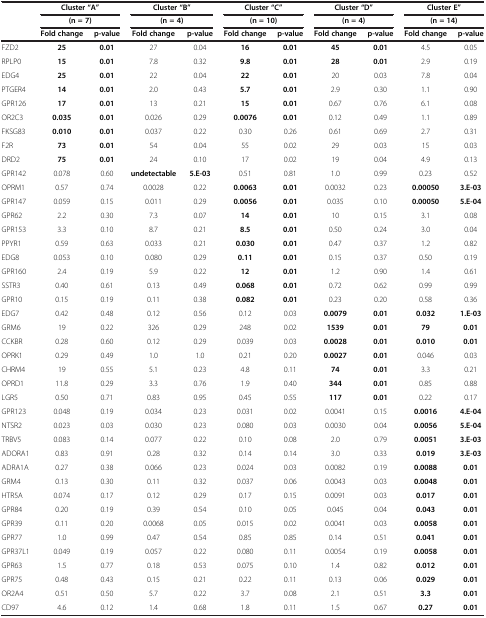
<table><thead><tr><td><b> </b></td><td colspan="2"><b>Cluster “A”</b></td><td colspan="2"><b>Cluster “B”</b></td><td colspan="2"><b>Cluster “C”</b></td><td colspan="2"><b>Cluster “D”</b></td><td colspan="2"><b>Cluster E”</b></td></tr><tr><td><b> </b></td><td colspan="2"><b>(n = 7)</b></td><td colspan="2"><b>(n = 4)</b></td><td colspan="2"><b>(n = 10)</b></td><td colspan="2"><b>(n = 4)</b></td><td colspan="2"><b>(n = 14)</b></td></tr><tr><td><b> </b></td><td><b>Fold change</b></td><td><b>p-value</b></td><td><b>Fold change</b></td><td><b>p-value</b></td><td><b>Fold change</b></td><td><b>p-value</b></td><td><b>Fold change</b></td><td><b>p-value</b></td><td><b>Fold change</b></td><td><b>p-value</b></td></tr></thead><tbody><tr><td>FZD2</td><td><b>25</b></td><td><b>0.01</b></td><td>27</td><td>0.04</td><td><b>16</b></td><td><b>0.01</b></td><td><b>45</b></td><td><b>0.01</b></td><td>4.5</td><td>0.05</td></tr><tr><td>RPLP0</td><td><b>15</b></td><td><b>0.01</b></td><td>7.8</td><td>0.32</td><td><b>9.8</b></td><td><b>0.01</b></td><td><b>28</b></td><td><b>0.01</b></td><td>2.9</td><td>0.19</td></tr><tr><td>EDG4</td><td><b>25</b></td><td><b>0.01</b></td><td>22</td><td>0.04</td><td><b>22</b></td><td><b>0.01</b></td><td>20</td><td>0.03</td><td>7.8</td><td>0.04</td></tr><tr><td>PTGER4</td><td><b>14</b></td><td><b>0.01</b></td><td>2.0</td><td>0.43</td><td><b>5.7</b></td><td><b>0.01</b></td><td>2.9</td><td>0.30</td><td>1.1</td><td>0.90</td></tr><tr><td>GPR126</td><td><b>17</b></td><td><b>0.01</b></td><td>13</td><td>0.21</td><td><b>15</b></td><td><b>0.01</b></td><td>0.67</td><td>0.76</td><td>6.1</td><td>0.08</td></tr><tr><td>OR2C3</td><td><b>0.035</b></td><td><b>0.01</b></td><td>0.026</td><td>0.29</td><td><b>0.0076</b></td><td><b>0.01</b></td><td>0.12</td><td>0.49</td><td>1.1</td><td>0.89</td></tr><tr><td>FKSG83</td><td><b>0.010</b></td><td><b>0.01</b></td><td>0.037</td><td>0.22</td><td>0.30</td><td>0.26</td><td>0.61</td><td>0.69</td><td>2.7</td><td>0.31</td></tr><tr><td>F2R</td><td><b>73</b></td><td><b>0.01</b></td><td>54</td><td>0.04</td><td>55</td><td>0.02</td><td>29</td><td>0.03</td><td>15</td><td>0.03</td></tr><tr><td>DRD2</td><td><b>75</b></td><td><b>0.01</b></td><td>24</td><td>0.10</td><td>17</td><td>0.02</td><td>19</td><td>0.04</td><td>4.9</td><td>0.13</td></tr><tr><td>GPR142</td><td>0.078</td><td>0.60</td><td><b>undetectable</b></td><td><b>5.E-03</b></td><td>0.51</td><td>0.81</td><td>1.0</td><td>0.99</td><td>0.23</td><td>0.52</td></tr><tr><td>OPRM1</td><td>0.57</td><td>0.74</td><td>0.0028</td><td>0.22</td><td><b>0.0063</b></td><td><b>0.01</b></td><td>0.0032</td><td>0.23</td><td><b>0.00050</b></td><td><b>3.E-03</b></td></tr><tr><td>GPR147</td><td>0.059</td><td>0.15</td><td>0.011</td><td>0.29</td><td><b>0.0056</b></td><td><b>0.01</b></td><td>0.035</td><td>0.10</td><td><b>0.00050</b></td><td><b>5.E-04</b></td></tr><tr><td>GPR62</td><td>2.2</td><td>0.30</td><td>7.3</td><td>0.07</td><td><b>14</b></td><td><b>0.01</b></td><td>10</td><td>0.15</td><td>3.1</td><td>0.08</td></tr><tr><td>GPR153</td><td>3.3</td><td>0.10</td><td>8.7</td><td>0.21</td><td><b>8.5</b></td><td><b>0.01</b></td><td>0.50</td><td>0.24</td><td>3.0</td><td>0.04</td></tr><tr><td>PPYR1</td><td>0.59</td><td>0.63</td><td>0.033</td><td>0.21</td><td><b>0.030</b></td><td><b>0.01</b></td><td>0.47</td><td>0.37</td><td>1.2</td><td>0.82</td></tr><tr><td>EDG8</td><td>0.053</td><td>0.10</td><td>0.080</td><td>0.29</td><td><b>0.11</b></td><td><b>0.01</b></td><td>0.15</td><td>0.37</td><td>0.50</td><td>0.19</td></tr><tr><td>GPR160</td><td>2.4</td><td>0.19</td><td>5.9</td><td>0.22</td><td><b>12</b></td><td><b>0.01</b></td><td>1.2</td><td>0.90</td><td>1.4</td><td>0.61</td></tr><tr><td>SSTR3</td><td>0.40</td><td>0.61</td><td>0.13</td><td>0.49</td><td><b>0.068</b></td><td><b>0.01</b></td><td>0.72</td><td>0.62</td><td>0.99</td><td>0.99</td></tr><tr><td>GPR10</td><td>0.15</td><td>0.19</td><td>0.11</td><td>0.38</td><td><b>0.082</b></td><td><b>0.01</b></td><td>0.23</td><td>0.20</td><td>0.58</td><td>0.36</td></tr><tr><td>EDG7</td><td>0.42</td><td>0.48</td><td>0.12</td><td>0.56</td><td>0.12</td><td>0.03</td><td><b>0.0079</b></td><td><b>0.01</b></td><td><b>0.032</b></td><td><b>1.E-03</b></td></tr><tr><td>GRM6</td><td>19</td><td>0.22</td><td>326</td><td>0.29</td><td>248</td><td>0.02</td><td><b>1539</b></td><td><b>0.01</b></td><td><b>79</b></td><td><b>0.01</b></td></tr><tr><td>CCKBR</td><td>0.28</td><td>0.60</td><td>0.12</td><td>0.29</td><td>0.039</td><td>0.03</td><td><b>0.0028</b></td><td><b>0.01</b></td><td><b>0.010</b></td><td><b>0.01</b></td></tr><tr><td>OPRK1</td><td>0.29</td><td>0.49</td><td>1.0</td><td>1.0</td><td>0.21</td><td>0.20</td><td><b>0.0027</b></td><td><b>0.01</b></td><td>0.046</td><td>0.03</td></tr><tr><td>CHRM4</td><td>19</td><td>0.55</td><td>5.1</td><td>0.23</td><td>4.8</td><td>0.11</td><td><b>74</b></td><td><b>0.01</b></td><td>3.3</td><td>0.21</td></tr><tr><td>OPRD1</td><td>11.8</td><td>0.29</td><td>3.3</td><td>0.76</td><td>1.9</td><td>0.40</td><td><b>344</b></td><td><b>0.01</b></td><td>0.85</td><td>0.88</td></tr><tr><td>LGR5</td><td>0.50</td><td>0.71</td><td>0.83</td><td>0.95</td><td>0.45</td><td>0.55</td><td><b>117</b></td><td><b>0.01</b></td><td>0.22</td><td>0.17</td></tr><tr><td>GPR123</td><td>0.048</td><td>0.19</td><td>0.034</td><td>0.23</td><td>0.031</td><td>0.02</td><td>0.0041</td><td>0.15</td><td><b>0.0016</b></td><td><b>4.E-04</b></td></tr><tr><td>NTSR2</td><td>0.023</td><td>0.03</td><td>0.030</td><td>0.23</td><td>0.080</td><td>0.03</td><td>0.0030</td><td>0.04</td><td><b>0.0056</b></td><td><b>5.E-04</b></td></tr><tr><td>TRBV5</td><td>0.083</td><td>0.14</td><td>0.077</td><td>0.22</td><td>0.10</td><td>0.08</td><td>2.0</td><td>0.79</td><td><b>0.0051</b></td><td><b>3.E-03</b></td></tr><tr><td>ADORA1</td><td>0.83</td><td>0.91</td><td>0.28</td><td>0.32</td><td>0.14</td><td>0.14</td><td>3.0</td><td>0.33</td><td><b>0.019</b></td><td><b>3.E-03</b></td></tr><tr><td>ADRA1A</td><td>0.27</td><td>0.38</td><td>0.066</td><td>0.23</td><td>0.024</td><td>0.03</td><td>0.0082</td><td>0.19</td><td><b>0.0088</b></td><td><b>0.01</b></td></tr><tr><td>GRM4</td><td>0.13</td><td>0.30</td><td>0.11</td><td>0.32</td><td>0.037</td><td>0.06</td><td>0.0043</td><td>0.03</td><td><b>0.0048</b></td><td><b>0.01</b></td></tr><tr><td>HTR5A</td><td>0.074</td><td>0.17</td><td>0.12</td><td>0.29</td><td>0.17</td><td>0.15</td><td>0.0091</td><td>0.03</td><td><b>0.017</b></td><td><b>0.01</b></td></tr><tr><td>GPR84</td><td>0.20</td><td>0.19</td><td>0.39</td><td>0.54</td><td>0.10</td><td>0.05</td><td>0.045</td><td>0.04</td><td><b>0.043</b></td><td><b>0.01</b></td></tr><tr><td>GPR39</td><td>0.11</td><td>0.20</td><td>0.0068</td><td>0.05</td><td>0.015</td><td>0.02</td><td>0.0041</td><td>0.03</td><td><b>0.0058</b></td><td><b>0.01</b></td></tr><tr><td>GPR77</td><td>1.0</td><td>0.99</td><td>0.47</td><td>0.54</td><td>0.85</td><td>0.85</td><td>0.14</td><td>0.51</td><td><b>0.041</b></td><td><b>0.01</b></td></tr><tr><td>GPR37L1</td><td>0.049</td><td>0.19</td><td>0.057</td><td>0.22</td><td>0.080</td><td>0.11</td><td>0.0054</td><td>0.19</td><td><b>0.0058</b></td><td><b>0.01</b></td></tr><tr><td>GPR63</td><td>1.5</td><td>0.77</td><td>0.18</td><td>0.53</td><td>0.075</td><td>0.10</td><td>1.4</td><td>0.82</td><td><b>0.012</b></td><td><b>0.01</b></td></tr><tr><td>GPR75</td><td>0.48</td><td>0.43</td><td>0.15</td><td>0.21</td><td>0.22</td><td>0.11</td><td>0.13</td><td>0.06</td><td><b>0.029</b></td><td><b>0.01</b></td></tr><tr><td>OR2A4</td><td>0.51</td><td>0.50</td><td>5.7</td><td>0.22</td><td>3.7</td><td>0.08</td><td>2.1</td><td>0.51</td><td><b>3.3</b></td><td><b>0.01</b></td></tr><tr><td>CD97</td><td>4.6</td><td>0.12</td><td>1.4</td><td>0.68</td><td>1.8</td><td>0.11</td><td>1.5</td><td>0.67</td><td><b>0.27</b></td><td><b>0.01</b></td></tr></tbody></table>